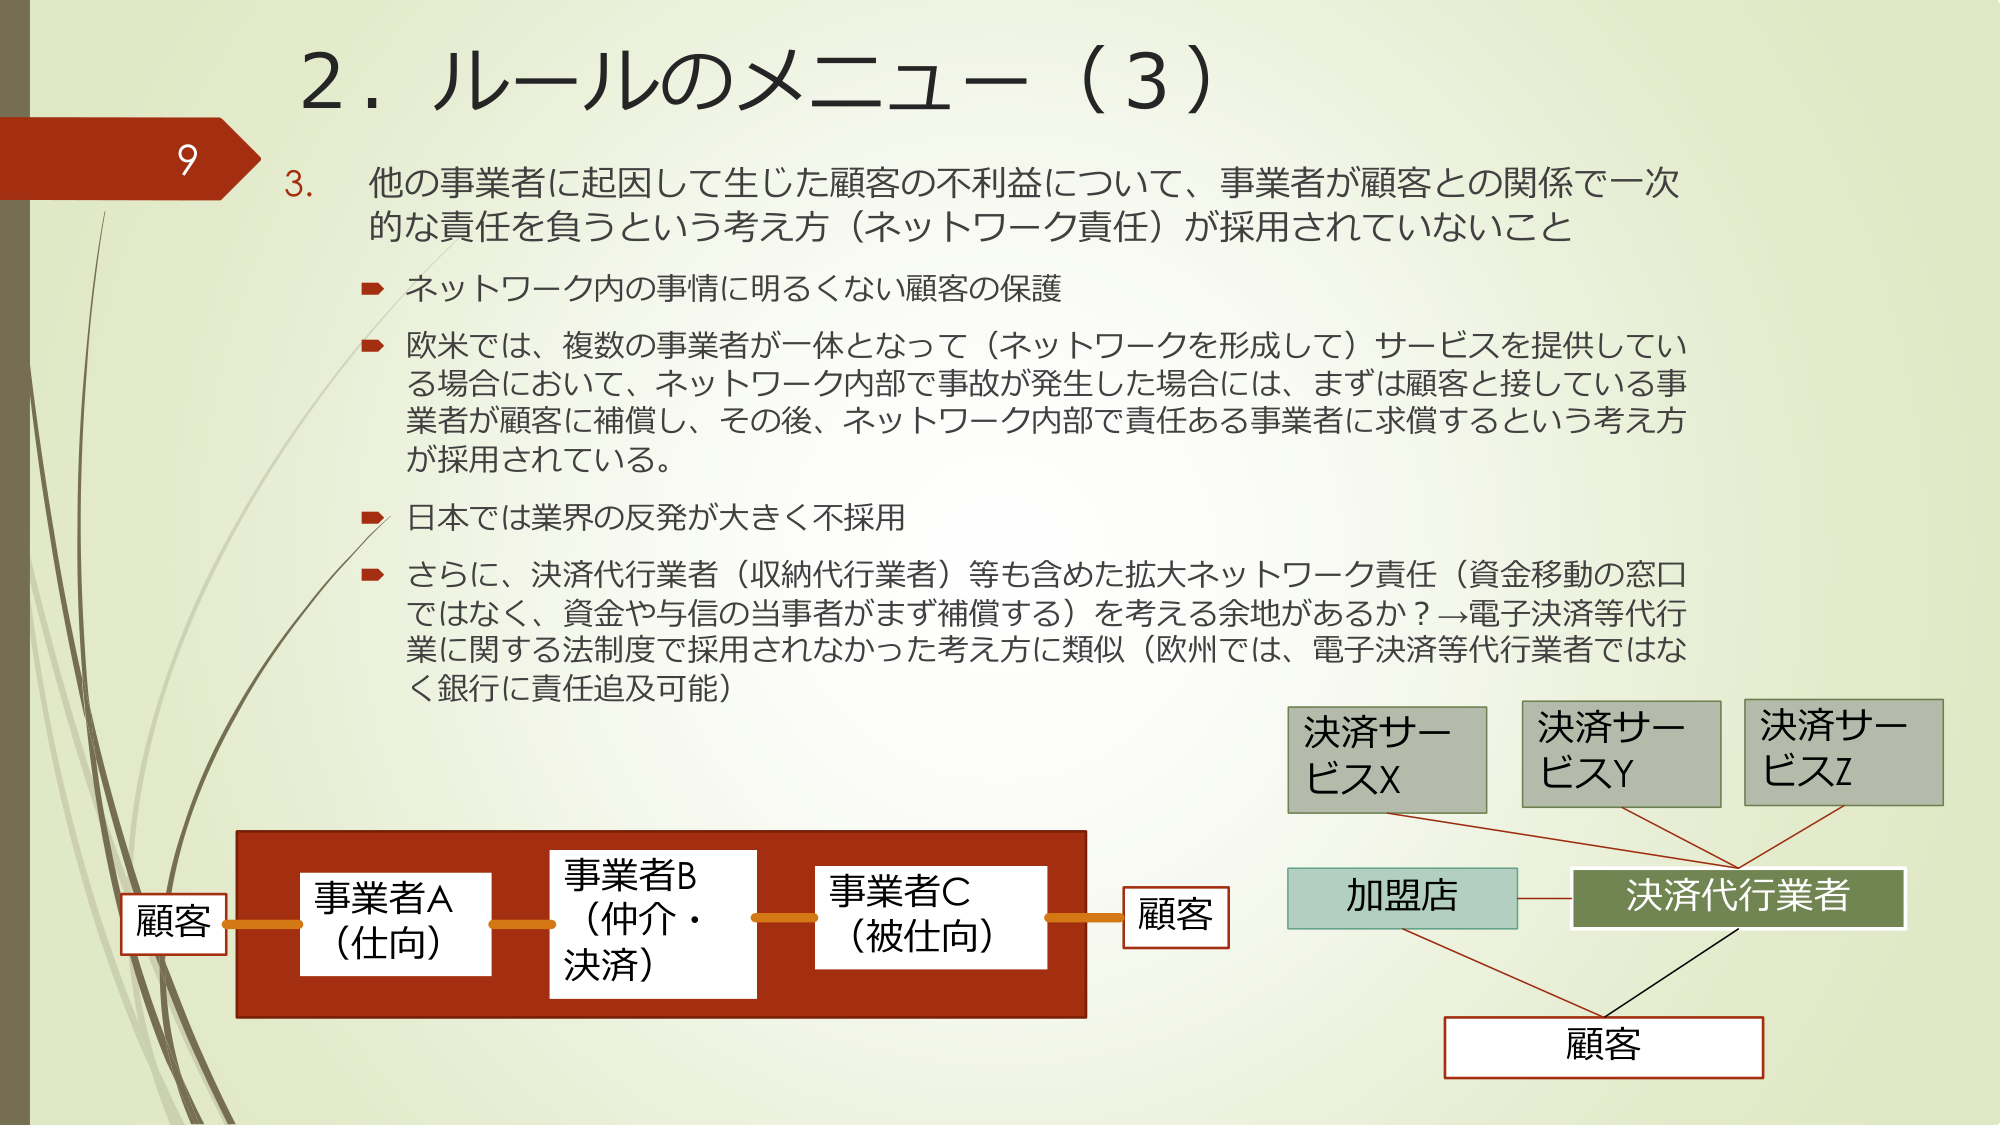
2. ルールのメニュー（3）

9
3. 他の事業者に起因して生じた顧客の不利益について、事業者が顧客との関係で一次的な責任を負うという考え方（ネットワーク責任）が採用されていないこと

→ ネットワーク内の事情に明るくない顧客の保護

→ 欧米では、複数の事業者が一体となって（ネットワークを形成して）サービスを提供している場合において、ネットワーク内部で事故が発生した場合には、まずは顧客と接している事業者が顧客に補償し、その後、ネットワーク内部で責任ある事業者に求償するという考え方が採用されている。

→ 日本では業界の反発が大きく不採用

→ さらに、決済代行業者（収納代行業者）等も含めた拡大ネットワーク責任（資金移動の窓口ではなく、資金や与信の当事者がまず補償する）を考える余地があるか？→電子決済等代行業に関する法制度で採用されなかった考え方に類似（欧州では、電子決済等代行業者ではなく銀行に責任追及可能）

顧客 — 事業者A（仕向） — 事業者B（仲介・決済） — 事業者C（被仕向） — 顧客

決済サービスX
決済サービスY
決済サービスZ

加盟店 — 決済代行業者 — 顧客